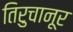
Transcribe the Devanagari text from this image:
तिरुचानूर